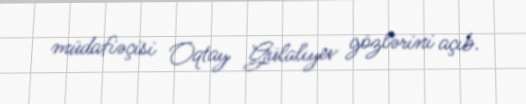
müdafiəçisi Oqtay Gülalıyev gözlərini açıb.